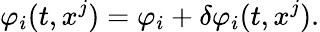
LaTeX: \varphi_{i}(t,x^{j})=\varphi_{i}+\delta\varphi_{i}(t,x^{j}).